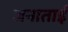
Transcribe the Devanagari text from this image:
जनाताई